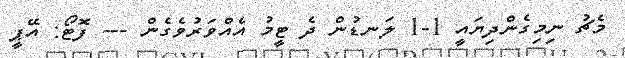
މެޗު ނިމިގެންދިޔައީ 1-1 ލަނޑުން ދެ ޓީމު އެއްވަރުވެގެން --- ފޮޓޯ: އޭޕީ